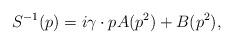
LaTeX: \begin{align*}S^{-1}(p)=i\gamma \cdot pA(p^{2})+B(p^{2}),\end{align*}